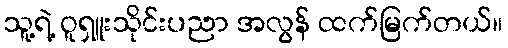
သူ့ရဲ့ ဝူရှူးသိုင်းပညာ အလွန် ထက်မြက်တယ်။